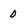
Character: 0